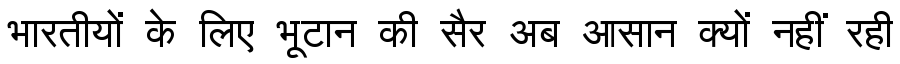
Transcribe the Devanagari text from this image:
भारतीयों के लिए भूटान की सैर अब आसान क्यों नहीं रही